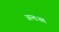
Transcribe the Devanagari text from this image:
अन्तःस्थ